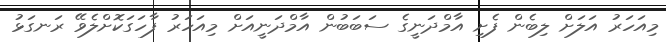
މިއަހަރު އަލަށް ލިބެން ފެށި އާމްދަނީގެ ސަބަބުން އާމްދަނީއަށް މިއަހަރު ފާހަގަކޮށްލެވޭ ރަނގަޅު